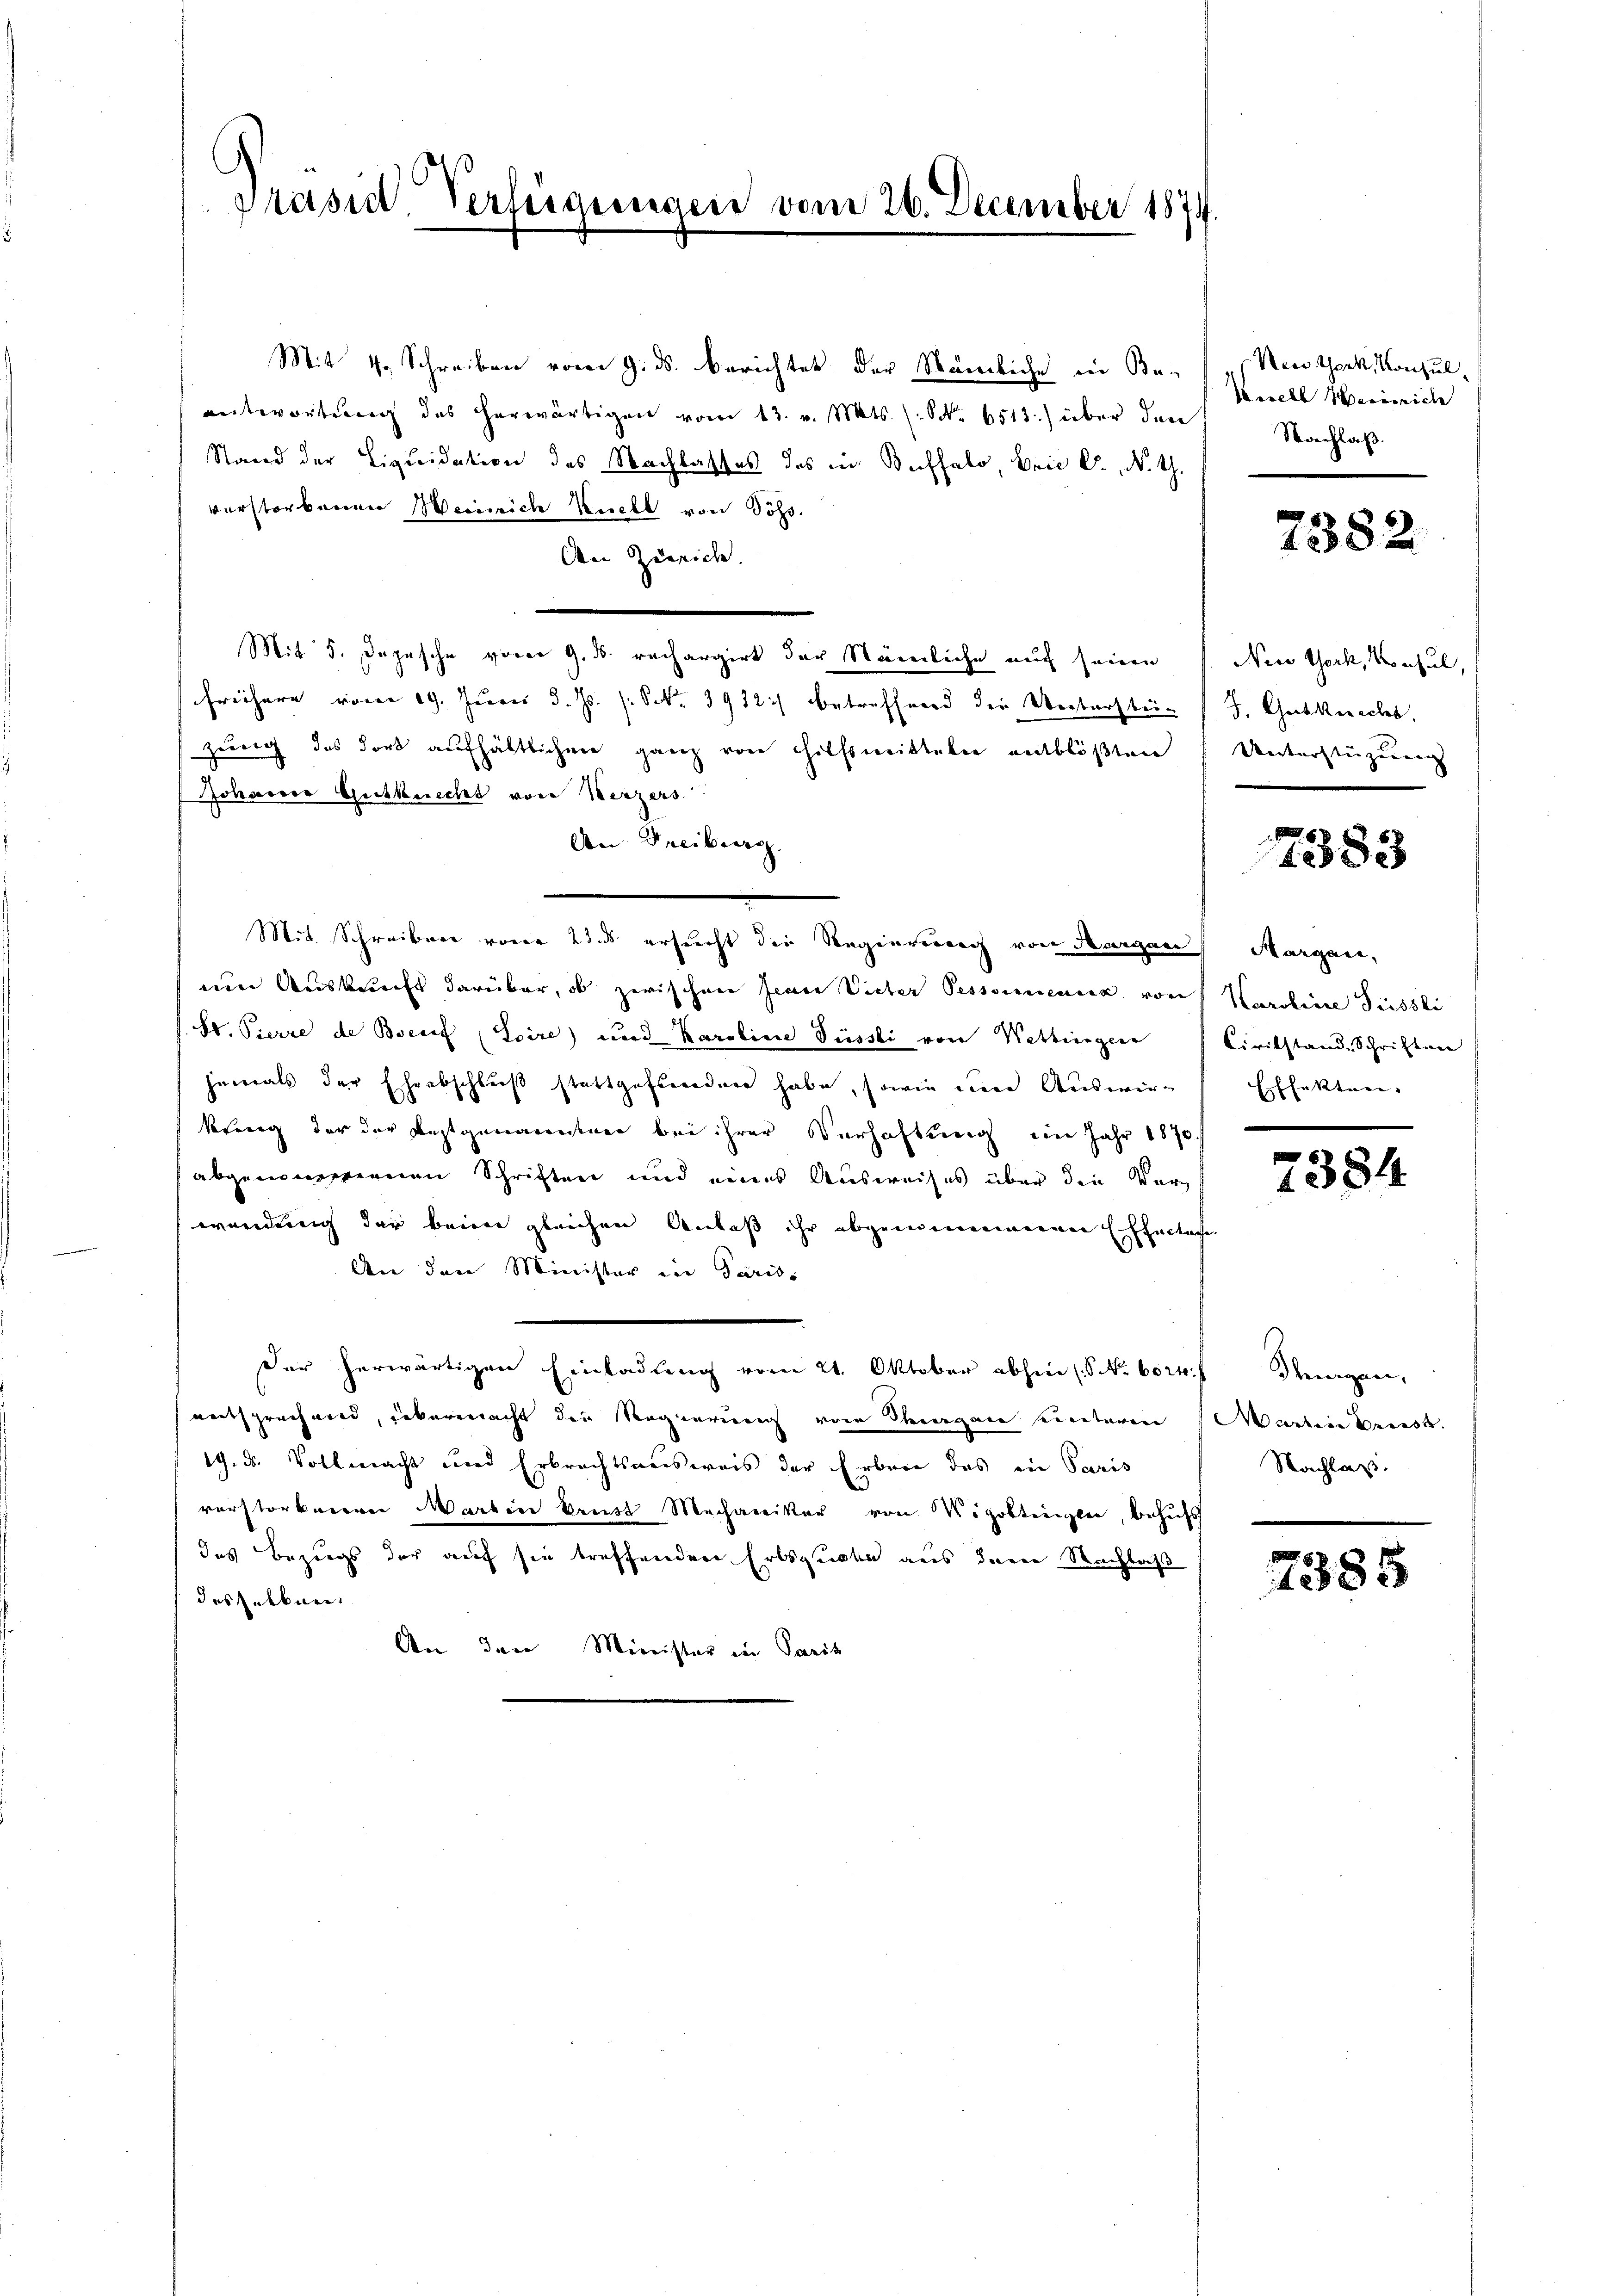
Präsid. Verfügungen vom 26. December 1874.

Mit 4. Schreiben vom 9. ds. berichtet der Ständliche in Be-
antwortung des herwärtigen vom 13. v. Mts. (NNo. 6513.) über den
Stand der Liquidation des Nachlasses das in Buffalo, Brie l. No. 4.
verstorbenen Weinrich Kuchl von Söss.
An Zürich.
Mit 5. Depesche vom 9. d. rechargirt der Nämliche auf seinen
frühere vom 19. Juni d. Js. s. Nr. 3912) betreffend die Untersten J. Gutknecht,
zeung des Fort aufhältlichen ganz von Hilfsmittale entblößten
Johanne Gutknecht von Kerzers
An Freiburg,
.
Mit Schreibere vorer 23. ds ersucht die Regierung von Margau Margau,
um Auskunft darüber, ob zwischen Jean Vieter Pessorenenner von Karoline Füssli
St. Pierre de Boesef (Soire) und Karoline Füssli von Wettingere
jemals der Eheabschluß stattgefunden habe, sowie eine Auswirkewig der der Festgenannten bei ihrer Verhaftung im Jahr 1870.
abgemessenen Schriften und eines Ausweises über die Verwendung der beim gleichen Anlaß ihr abgemeinem einen Effecten
An den Minister in Parisi
Der herwärtigen Einladung vom 21. Oktober abhin (S. Nr. 602. Treugen,
entsprechend, übermacht die Regierung von Thiergane einteren
19. d. Vollmacht und Erbrechtsausweis der Erbene das in Paris
vorstorbeeren Martin Brust Mechaniker von Vigottingler, behufs
das Bezugs der auf sie treffenden Erbsgucke aus dem Nachlaß
deshalben
An den Minister in Parit

New York, Konsul,
Derell Heinrich
Nachlaß.

2382

New York, Konsul,
Uunterstüzung |

7383

Ciritstand. Schriften
Effekten. |

7384

Martini Pries
Nachlaß.

7385